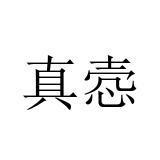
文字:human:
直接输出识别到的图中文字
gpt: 真悫